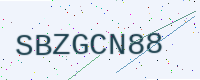
Text: SBZGCN88